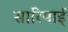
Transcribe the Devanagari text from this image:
सारियाई